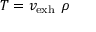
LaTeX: T = v _ { \mathrm { e x h } } \ \rho